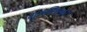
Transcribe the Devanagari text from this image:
गुरुविश्वेश्वरः